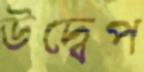
উদ্বেপ